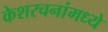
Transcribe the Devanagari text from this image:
केशरचनांमध्ये